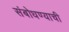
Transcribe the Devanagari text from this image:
संबोधण्याची